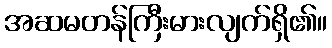
အဆမတန်ကြီးမားလျက်ရှိ၏။